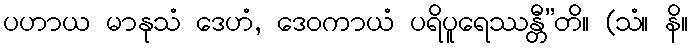
ပဟာယ မာနုသံ ဒေဟံ, ဒေဝကာယံ ပရိပူရေဿန္တီ”တိ။ (သံ။ နိ။